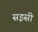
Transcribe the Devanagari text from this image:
सइसी